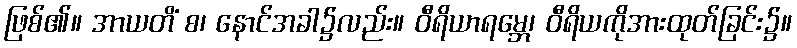
ဖြစ်၏။ အာယတိံ စ၊ နောင်အခါ၌လည်း။ ဝီရိယာရမ္ဘေ၊ ဝီရိယကိုအားထုတ်ခြင်း၌။